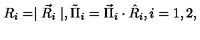
R _ { i } = \mid \vec { R } _ { i } \mid , \tilde { \Pi } _ { i } = \vec { \Pi } _ { i } \cdot \hat { R } _ { i } , i = 1 , 2 ,